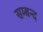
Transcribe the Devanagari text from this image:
सम्बन्द